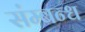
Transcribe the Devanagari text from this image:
संम्बन्ध